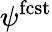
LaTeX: \psi^{\mathrm{fcst}}